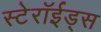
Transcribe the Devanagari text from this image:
स्टेरॉईड्स